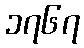
၁၇၆၇